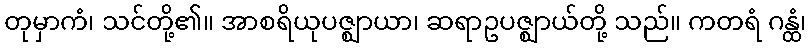
တုမှာကံ၊ သင်တို့၏။ အာစရိယုပဇ္ဈာယာ၊ ဆရာဥပဇ္ဈာယ်တို့ သည်။ ကတရံ ဂန္ထံ၊